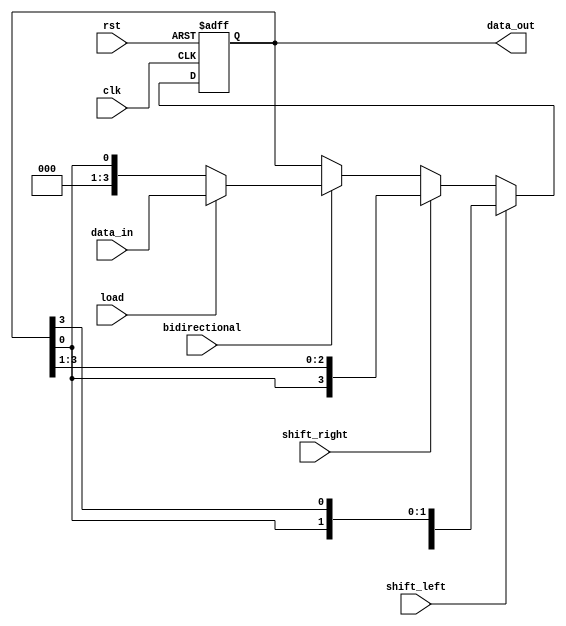
module UniversalShiftRegister(
    input wire clk,
    input wire rst,
    input wire [3:0] data_in,
    input wire shift_left,
    input wire shift_right,
    input wire bidirectional,
    input wire load,
    output reg [3:0] data_out
);

reg [3:0] reg_data;

always @(posedge clk or posedge rst) begin
    if(rst) begin
        reg_data <= 4'b0;
    end else begin
        if(shift_left) begin
            reg_data <= {reg_data[2:0], reg_data[3]};
        end else if(shift_right) begin
            reg_data <= {reg_data[0], reg_data[3:1]};
        end else if(bidirectional) begin
            reg_data <= load ? data_in : {reg_data[0]};
        end else begin
            reg_data <= reg_data;
        end
    end
end

assign data_out = reg_data;

endmodule